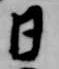
日